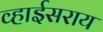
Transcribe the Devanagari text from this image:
व्हाईसराय